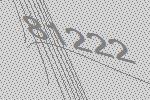
81222